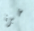
خبرة